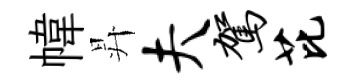
幃昇夫驾芘